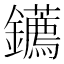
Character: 𨰂